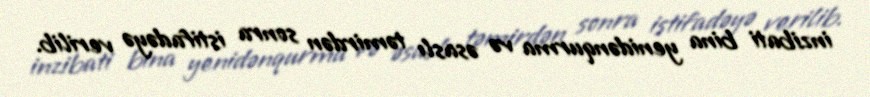
inzibati bina yenidənqurma və əsaslı təmirdən sonra istifadəyə verilib.